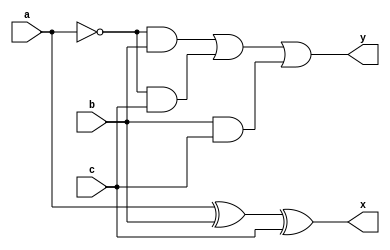
module fs(a,b,c,x,y);
input a,b,c;
output x,y;
assign x= a^b^c;
assign y= ((~a)&b)|((~a)&c)|(b&c);
endmodule